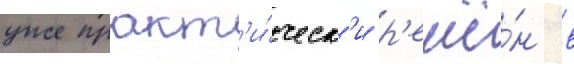
уже практ'и́ческ'и р'ешё́н в